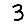
Digit: 3